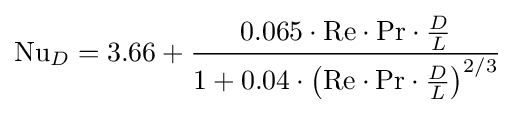
\mathrm {Nu} _{D}=3.66+{\frac {0.065\cdot \mathrm {Re} \cdot \mathrm {Pr} \cdot {\frac {D}{L}}}{1+0.04\cdot \left(\mathrm {Re} \cdot \mathrm {Pr} \cdot {\frac {D}{L}}\right)^{2/3}}}